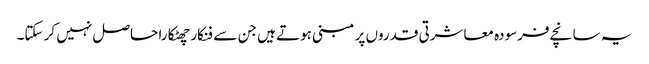
یہ سانچے فرسودہ معاشرتی قدروں پر مبنی ہوتے ہیں جن سے فنکار چھٹکارا حاصل نہیں کر سکتا۔